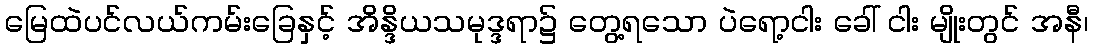
မြေထဲပင်လယ်ကမ်းခြေနှင့် အိန္ဒိယသမုဒ္ဒရာ၌ တွေ့ရသော ပဲရော့ငါး ခေါ် ငါး မျိုးတွင် အနီ၊